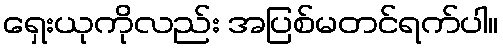
ရှေးယုကိုလည်း အပြစ်မတင်ရက်ပါ။